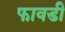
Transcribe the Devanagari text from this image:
फावडी